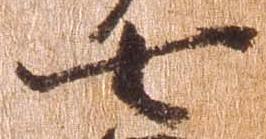
七